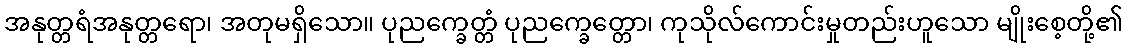
အနုတ္တရံအနုတ္တရော၊ အတုမရှိသော။ ပုညက္ခေတ္တံ ပုညက္ခေတ္တော၊ ကုသိုလ်ကောင်းမှုတည်းဟူသော မျိုးစေ့တို့၏